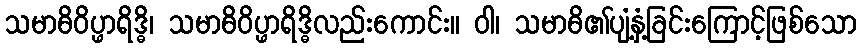
သမာဓိဝိပ္ဖာရိဒ္ဓိ၊ သမာဓိဝိပ္ဖာရိဒ္ဓိလည်းကောင်း။ ဝါ၊ သမာဓိ၏ပျံ့နှံ့ခြင်းကြောင့်ဖြစ်သော